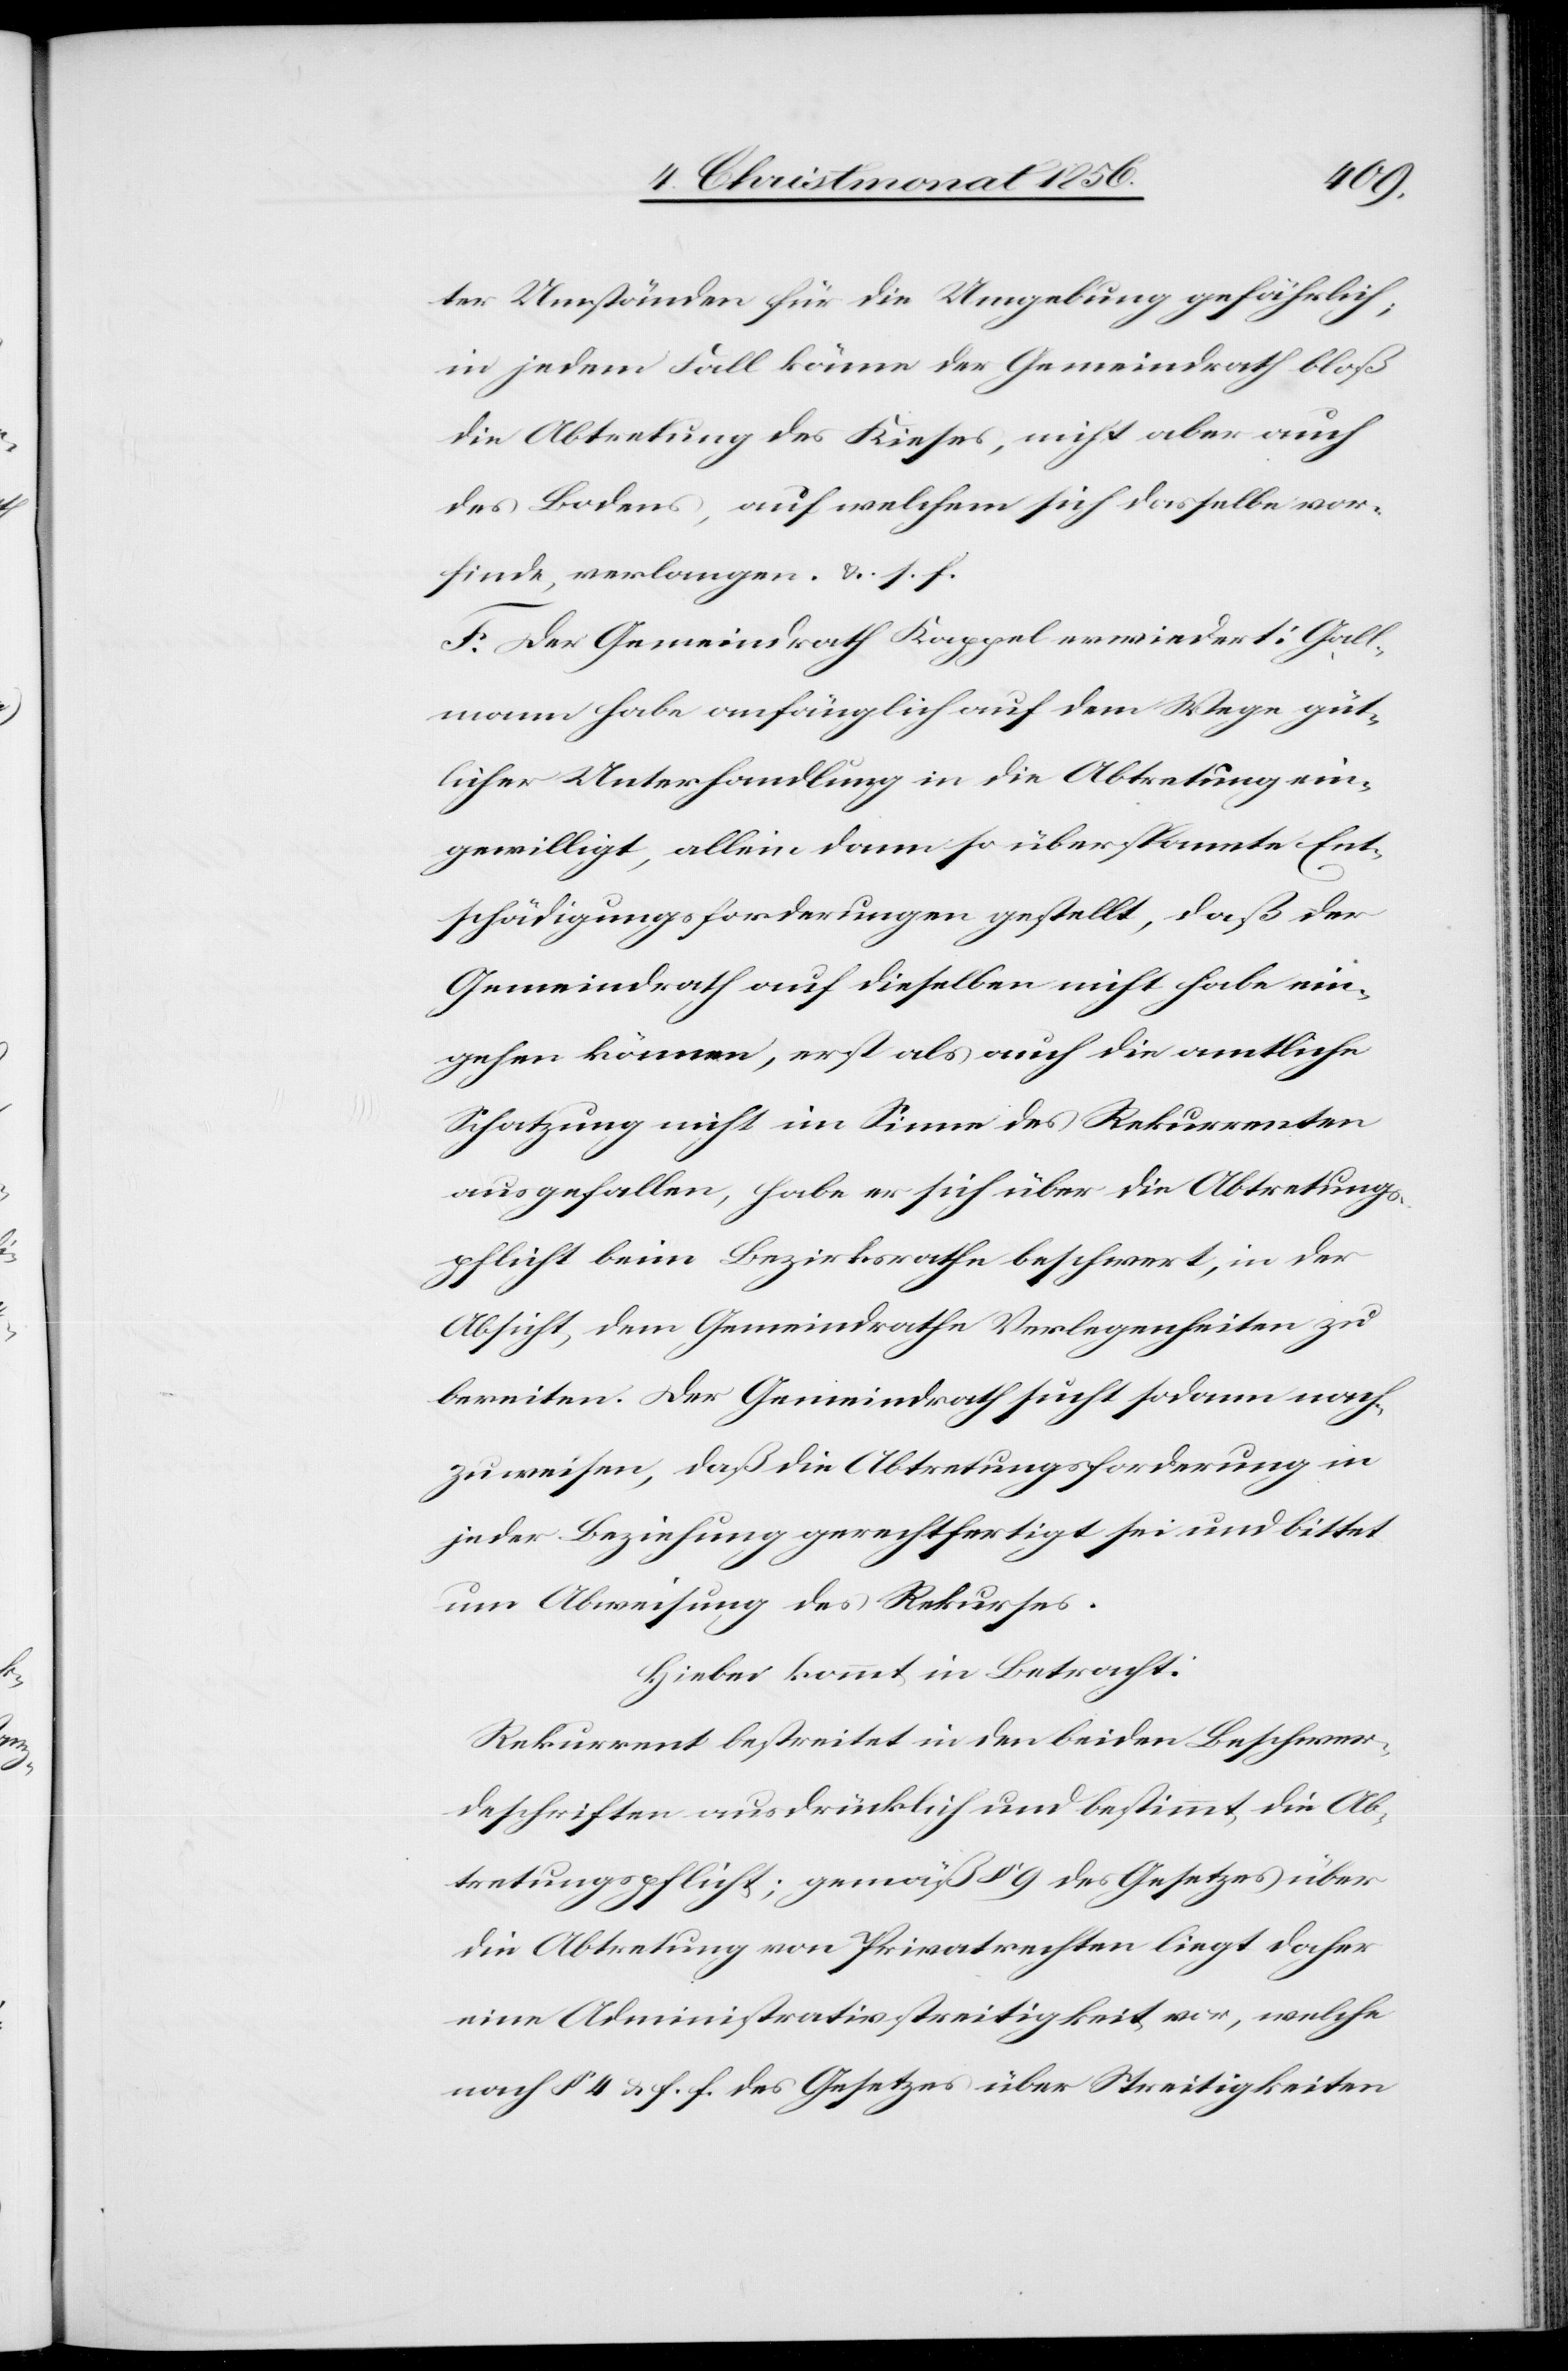
ter Umständen für die Umgebung gefährlich;
in jedem Fall könne der Gemeindrath bloß
die Abtretung des Kieses, nicht aber auch
des Bodens, auf welchem sich dasselbe vor¬
finde, verlangen. &. s. f.
F. Der Gemeindrath Kappel erwiedert: Gall¬
mann habe anfänglich auf dem Wege güt¬
licher Unterhandlung in die Abtretung ein¬
gewilligt, allein dann so überspannte Ent¬
schädigungsforderungen gestellt, daß der
Gemeindrath auf dieselben nicht habe ein¬
gehen können, erst als auch die amtliche
Schatzung nicht im Sinne des Rekurrenten
ausgefallen, habe er sich über die Abtretungs¬
pflicht beim Bezirksrathe beschwert, in der
Absicht, dem Gemeindrathe Verlegenheiten zu
bereiten. Der Gemeindrath sucht sodann nach¬
zuweisen, daß die Abtretungsforderung in
jeder Beziehung gerechtfertigt sei und bittet
um Abweisung des Rekurses.
Hiebei kommt in Betracht:
Rekurrent bestreitet in den beiden Beschwer¬
deschriften ausdrücklich und bestimmt die Ab¬
tretungspflicht; gemäß § 9 des Gesetzes über
die Abtretung von Privatrechten liegt daher
eine Administrativstreitigkeit vor, welche
nach § 4 & f. f. des Gesetzes über Streitigkeiten